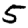
Digit: 5